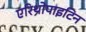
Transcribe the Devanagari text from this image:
एरिथ्रोपाइटिन